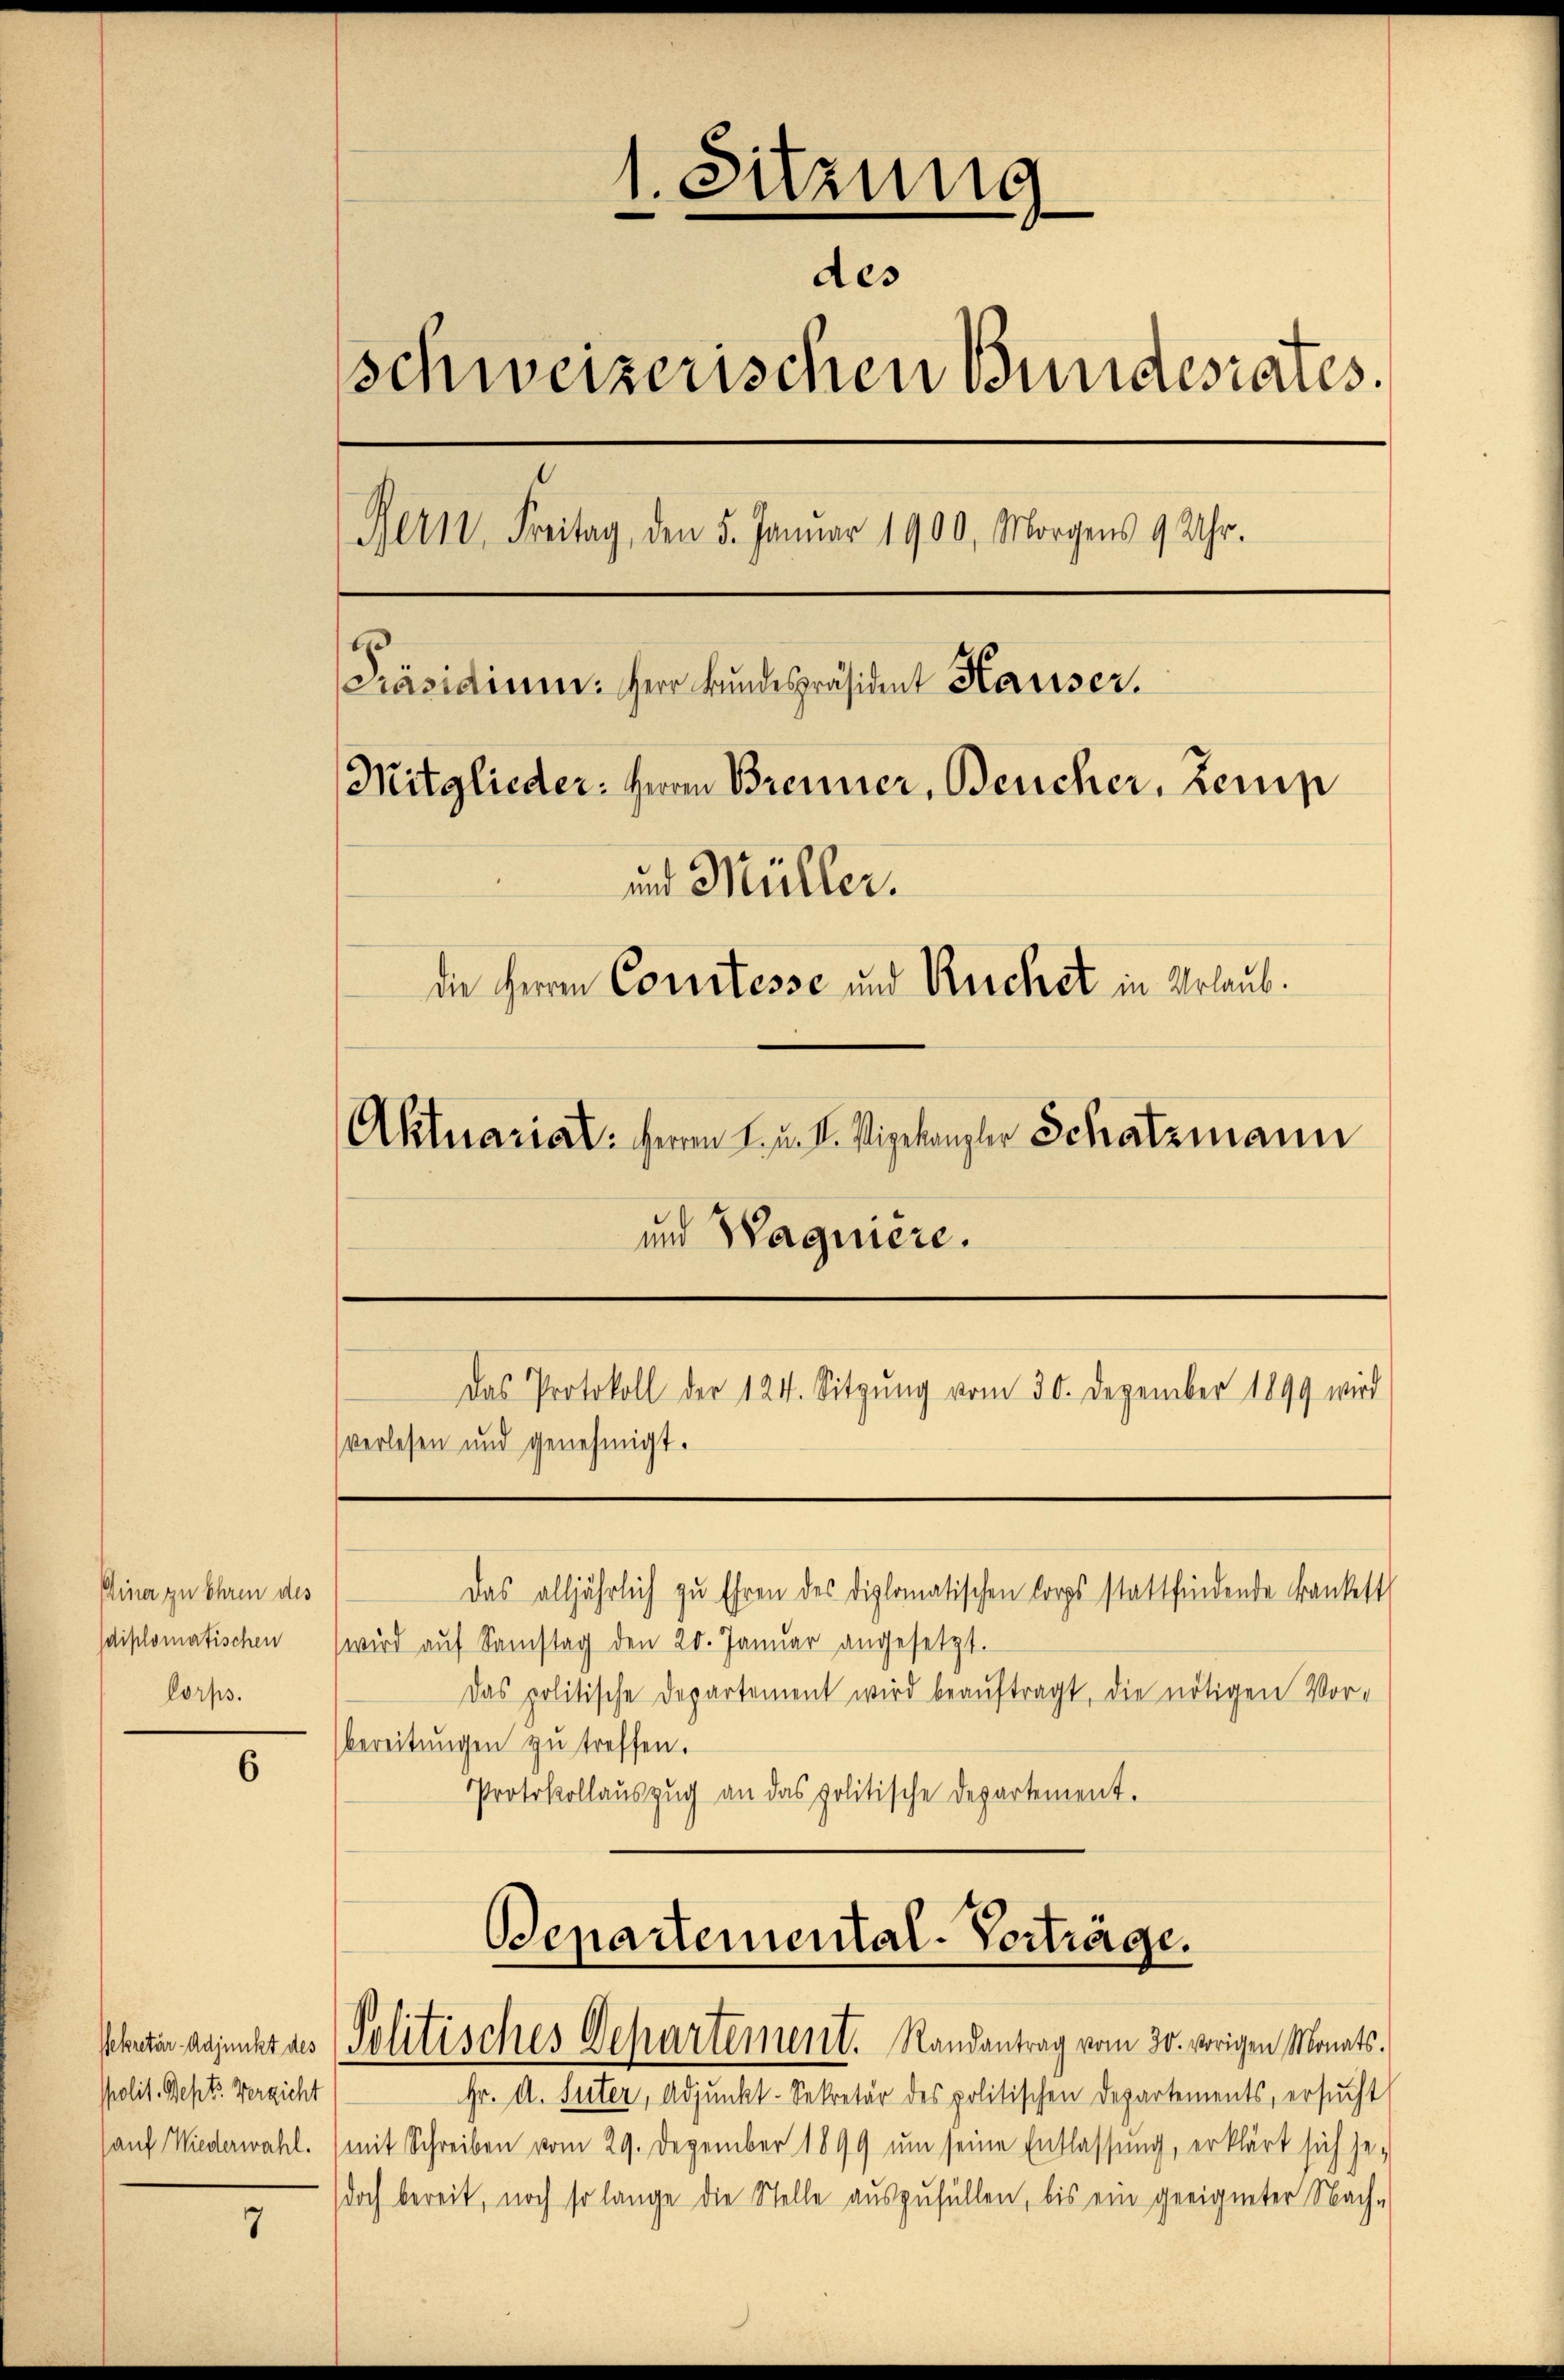
Einer zu Ehren des
lorps.

o

Ppolit. Sept. Vergicht

7

1. Sitzung
des
schweizerischen Bundesrates.
Rern. Freitag, den 5. Januar 1900, Morgens 9 Uhr.
[Präsidiene. Herr kŭndespräsident Hariser.
Mitglieder: Herrn Brenner, Beucher, Zeun
und Müller.
die Herren Corsstesse und Reichet in Urlaub.
Aktuariat: Herren L. u. II. Vizekanzler Schatzmann
und Wagnière.
Das Protokoll der 124. Sitzŭng vom 30. Dezember 1899 wird
verlesen und genehmigt.

sdiplomatischen (wird aŭf Samstag den 20. Janŭar angesetzt.
Das politische Departement wird beaŭftragt, die nötigen Vor-
bereitungen zu treffen.
Protokollaŭszŭg an das politische Departement.

Departemental-Vorträge.
Schneten adjunkt des Politisches Departement. Randantrag vom 30. vorigen Monats-

Das alljährlich zu Ehren des diplomatischen Corps stattfindende Frankest

sauf Wiederwahl. (mit Schreiben vom 29. Dezember 1899 um seine Entlassung, erklärt sich je-
(doch bereit, noch so lange die Stelle auszufüllen, bis ein geeigneter Nach-

h. A. Mitte, Gesandt, Artilis der gelischen Departement, ersucht,